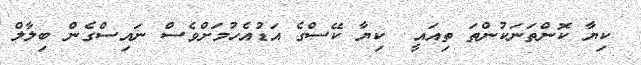
ކިޔާ ކޮންތަނަކުންތަ ތިއައީ  ކިޔާ ކޭސްގެ އަޑުއެހުމަށްވެސް ނައިސްގެން ބިލާލް